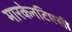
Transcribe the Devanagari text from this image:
मारकेनटिएसी